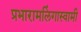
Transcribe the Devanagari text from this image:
प्रभारामलिंगास्वामी